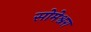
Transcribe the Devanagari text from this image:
सोमेश्वरा